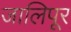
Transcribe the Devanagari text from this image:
जालिपूर